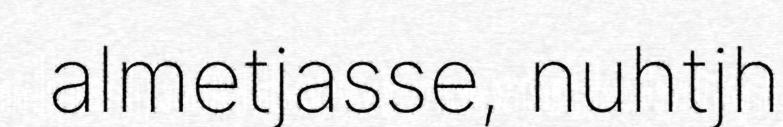
almetjasse, nuhtjh